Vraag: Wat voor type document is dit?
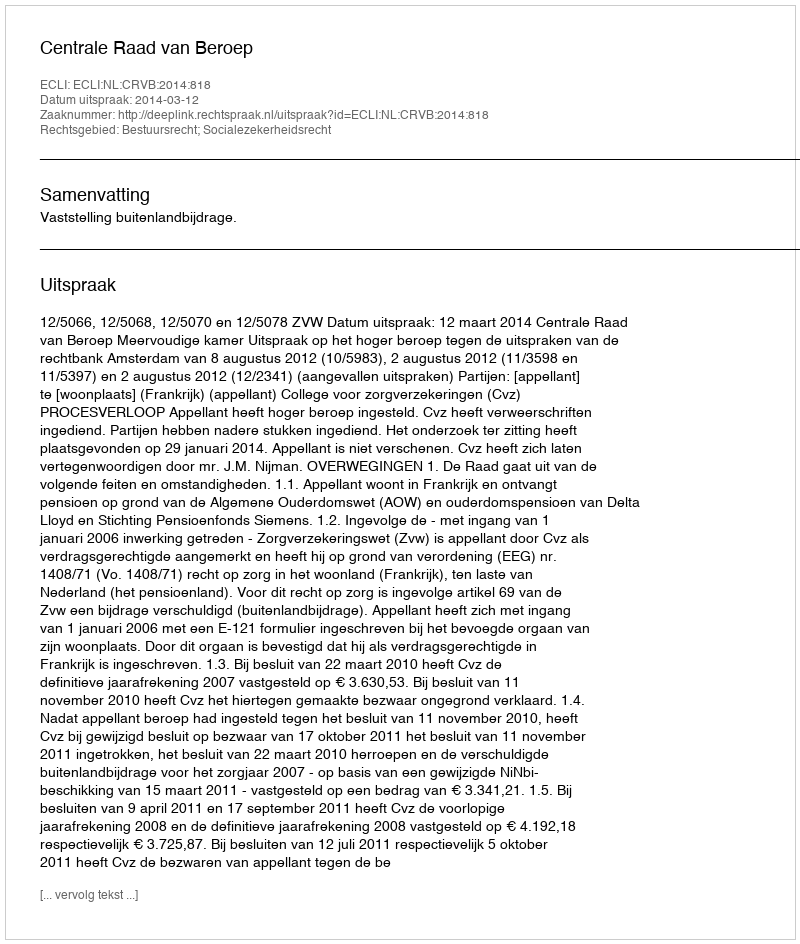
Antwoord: Uitspraak